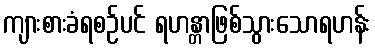
ကျားစားခံရစဉ်ပင် ရဟန္တာဖြစ်သွားသောရဟန်း